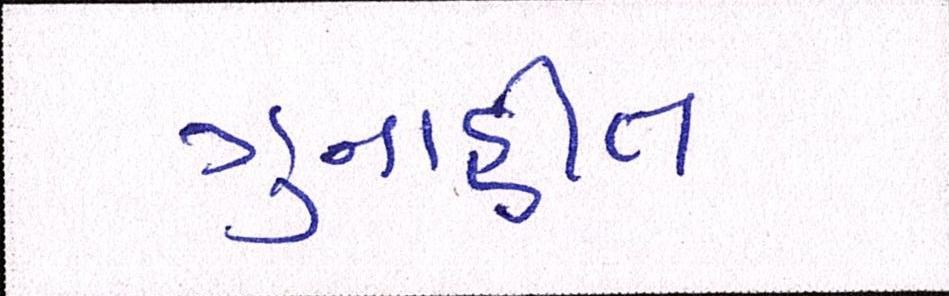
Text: ગુનાહીત